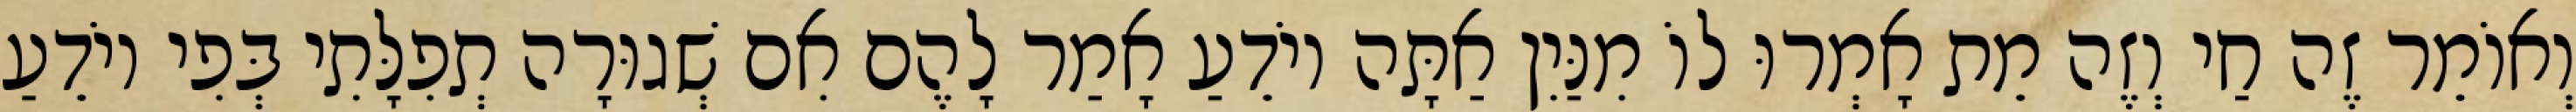
וְאוֹמֵר זֶה חַי וְזֶה מֵת אָמְרוּ לוֹ מִנַּיִן אַתָּה יוֹדֵעַ אָמַר לָהֶם אִם שְׁגוּרָה תְפִלָּתִי בְּפִי יוֹדֵעַ